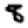
Digit: 8